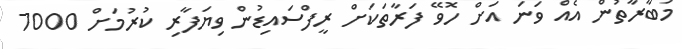
މުބާރާތުން އެއް ވަނަ އަށް ހޮވޭ ފަރާތަކަށް ރީފްސައިޑުން ވިޔަފާރި ކުރުމަށް 7000